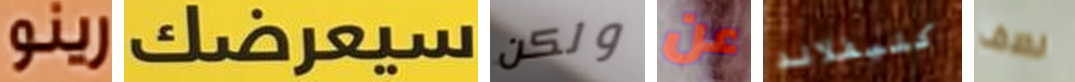
رينو سيعرضك ولكن عن كليفلاند نصف